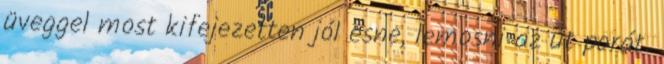
üveggel most kifejezetten jól esne, lemosni az út porát.